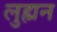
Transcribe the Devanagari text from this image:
लुह्मन